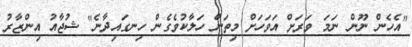
"އެހެން ނޫން ނަމަ ވަރަށް އަވަހަށް މިތަން ހަލާކުވެގެން ހިނގައިދާނެ" ޝުޖާއު އިންޒާރު